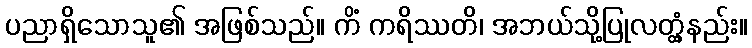
ပညာရှိသောသူ၏ အဖြစ်သည်။ ကိံ ကရိဿတိ၊ အဘယ်သို့ပြုလတ္တံ့နည်း။